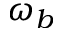
\omega _ { b }